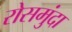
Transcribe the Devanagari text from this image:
रोसमुंदा